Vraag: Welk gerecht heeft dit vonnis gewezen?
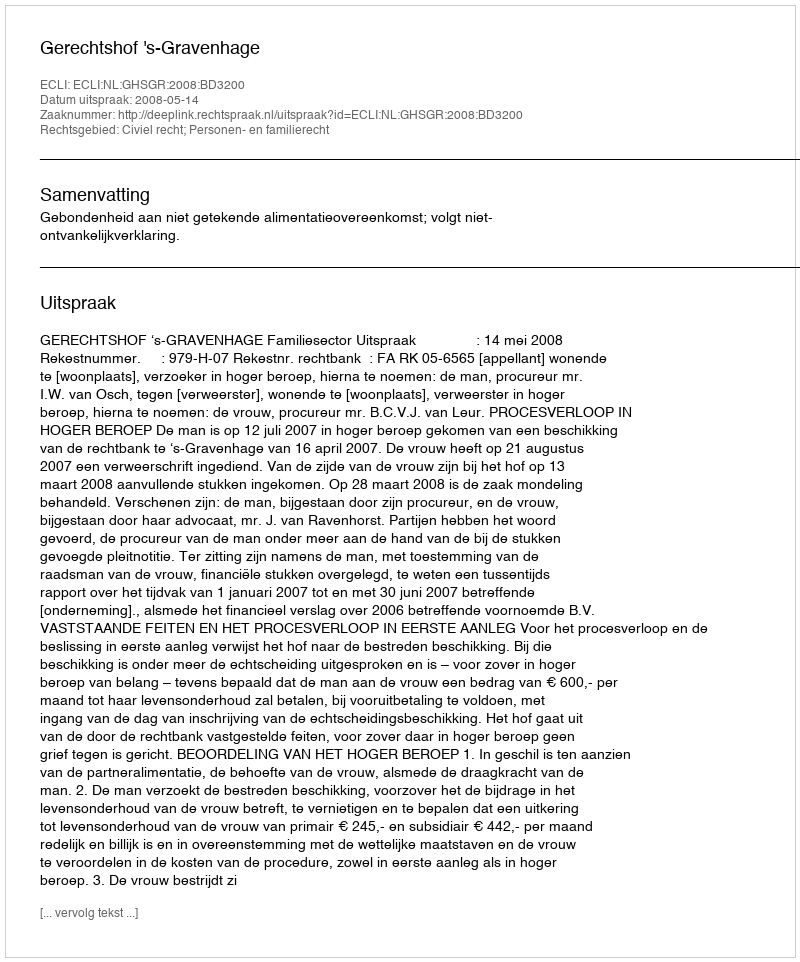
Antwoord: Gerechtshof 's-Gravenhage